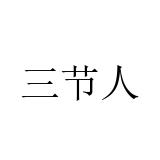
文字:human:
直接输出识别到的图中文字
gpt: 三节人